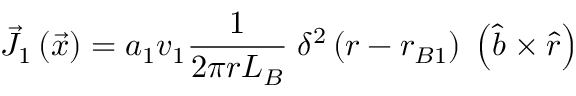
{ \vec { J } } _ { 1 } \left( { \vec { x } } \right) = a _ { 1 } v _ { 1 } { \frac { 1 } { 2 \pi r L _ { B } } } \; \delta ^ { 2 } \left( r - r _ { B 1 } \right) \; \left( { { \hat { b } } \times { \hat { r } } } \right)